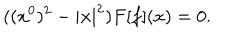
LaTeX: ( ( x ^ { 0 } ) ^ { 2 } - | { \bf x } | ^ { 2 } ) F [ f ] ( x ) = 0 .